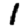
Digit: 1